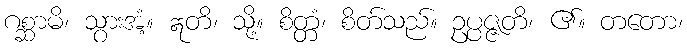
ဂစ္ဆာမိ၊ သွားအံ့။ ဣတိ၊ သို့။ စိတ္တံ၊ စိတ်သည်။ ဥပ္ပဇ္ဇတိ၊ ၏။ တတော၊